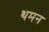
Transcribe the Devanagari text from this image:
थमन